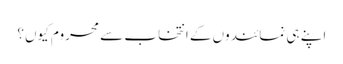
اپنے ہی نمائندوں کے انتخاب سے محروم کیوں؟